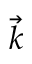
\vec { k }